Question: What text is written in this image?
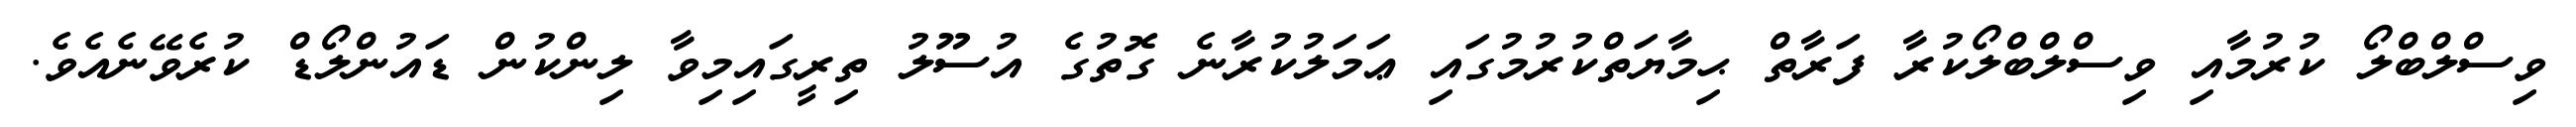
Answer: ވިސްލްބްލޯ ކުރުމާއި ވިސްލްބްލޯކުރާ ފަރާތް ޙިމާޔަތްކުރުމުގައި ޢަމަލުކުރާނެ ގޮތުގެ އުސޫލު ތިރީގައިމިވާ ލިންކުން ޑައުންލޯޑް ކުރެވޭނެއެވެ.